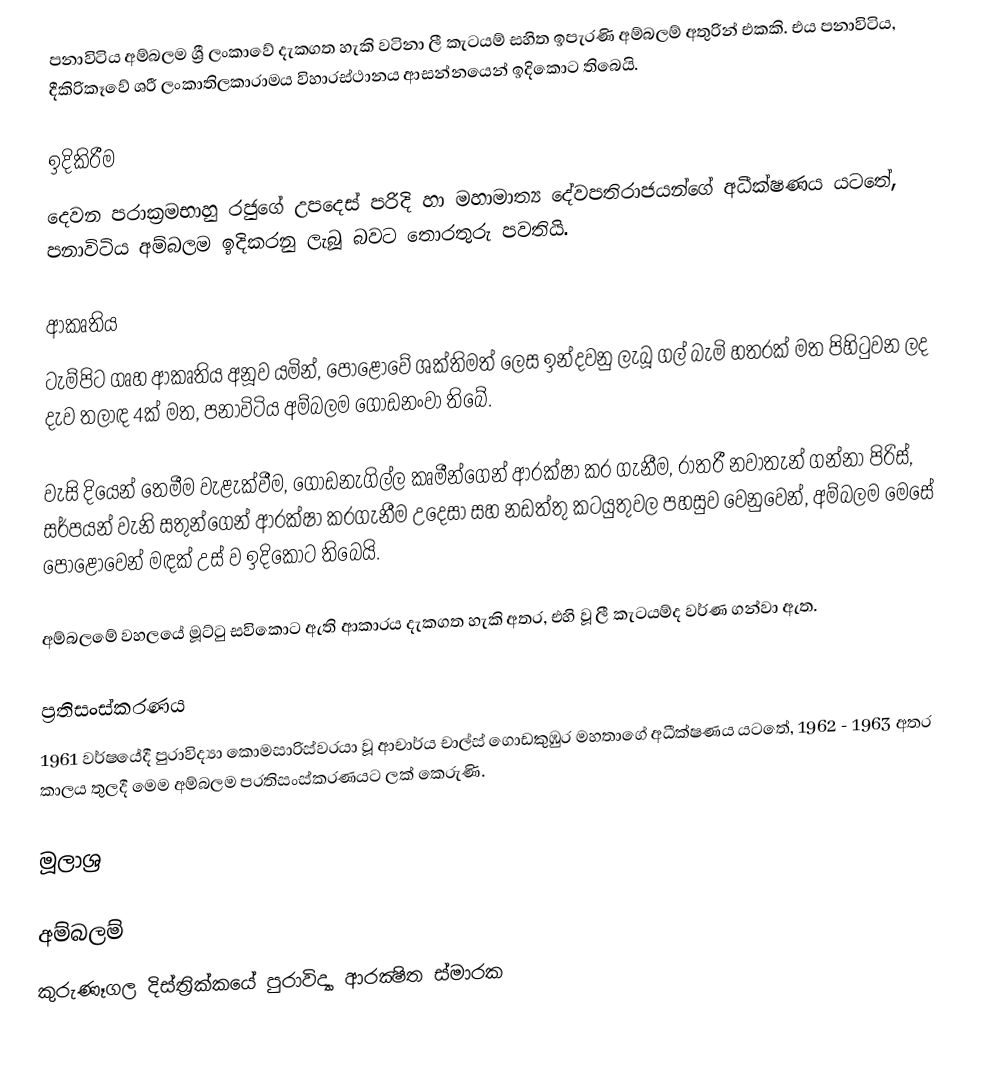
පනාවිටිය අම්බලම ශ්‍රී ලංකාවේ දැකගත හැකි වටිනා ලී කැටයම් සහිත ඉපැරණි අම්බලම් අතුරින් එකකි. එය පනාවිටිය, දීකිරිකෑවේ ශ‍්‍රී ලංකාතිලකාරාමය විහාරස්ථානය ආසන්නයෙන් ඉදිකොට තිබෙයි.

ඉදිකිරීම
දෙවන පරාක්‍රමභාහු රජුගේ උපදෙස් පරිදි හා මහාමාත්‍ය දේවපතිරාජයන්ගේ අධීක්ෂණය යටතේ, පනාවිටිය අම්බලම ඉදිකරනු ලැබූ බවට තොරතුරු පවතියි.

ආකෘතිය
ටැම්පිට ගෘහ ආකෘතිය අනූව යමින්, පොළොවේ ශක්තිමත් ලෙස ඉන්දවනු ලැබූ ගල් බැමි හතරක් මත පිහිටුවන ලද දැව තලාඳ 4ක් මත, පනාවිටිය අම්බලම ගොඩනංවා තිබේ.

වැසි දියෙන් තෙමීම වැළැක්වීම, ගොඩනැගිල්ල කෘමීන්ගෙන් ආරක්ෂා කර ගැනීම, රාත‍්‍රී නවාතැන් ගන්නා පිරිස්, සර්පයන් වැනි සතුන්ගෙන් ආරක්ෂා කරගැනීම උදෙසා සහ නඩත්තු කටයුතුවල පහසුව වෙනුවෙන්, අම්බලම මෙසේ පොළොවෙන් මඳක් උස් ව ඉදිකොට තිබෙයි.

අම්බලමේ වහලයේ මූට්ටු සවිකොට ඇති ආකාරය දැකගත හැකි අතර, එහි වූ ලී කැටයම්ද වර්ණ ගන්වා ඇත.

ප්‍රතිසංස්කරණය
1961 වර්ෂයේදී පුරාවිද්‍යා කොමසාරිස්වරයා වූ ආචාර්ය චාල්ස් ගොඩකුඹුර මහතාගේ අධීක්ෂණය යටතේ, 1962 - 1963 අතර කාලය තුලදී මෙම අම්බලම ප‍්‍රතිසංස්කරණයට ලක් කෙරුණි.

මූලාශ්‍ර

අම්බලම්
කුරුණෑගල දිස්ත්‍රික්කයේ පුරාවිද්‍යා ආරක්‍ෂිත ස්මාරක